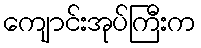
ကျောင်းအုပ်ကြီးက